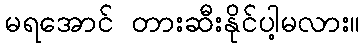
မရအောင် တားဆီးနိုင်ပါ့မလား။